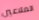
الملاعين